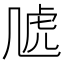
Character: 𧆡